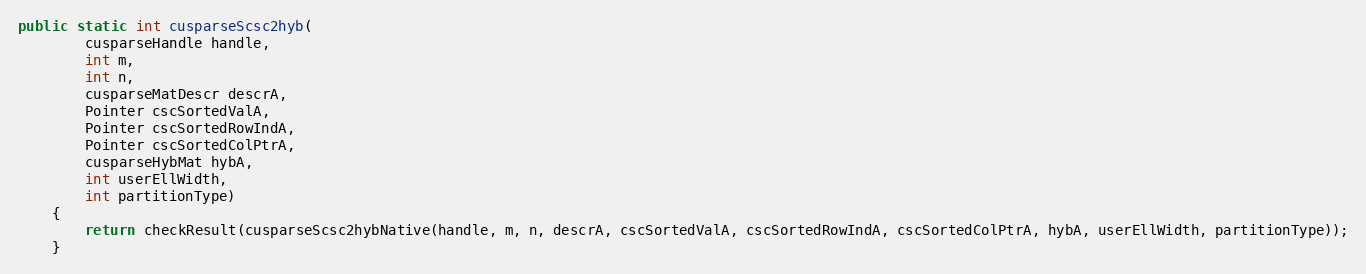
Language: Java
public static int cusparseScsc2hyb(
        cusparseHandle handle,
        int m,
        int n,
        cusparseMatDescr descrA,
        Pointer cscSortedValA,
        Pointer cscSortedRowIndA,
        Pointer cscSortedColPtrA,
        cusparseHybMat hybA,
        int userEllWidth,
        int partitionType)
    {
        return checkResult(cusparseScsc2hybNative(handle, m, n, descrA, cscSortedValA, cscSortedRowIndA, cscSortedColPtrA, hybA, userEllWidth, partitionType));
    }